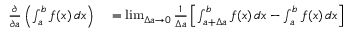
\begin{array} { r l } { { \frac { \partial } { \partial a } } \left( \int _ { a } ^ { b } f ( x ) \, d x \right) } & { { } = \operatorname* { l i m } _ { \Delta a \to 0 } { \frac { 1 } { \Delta a } } \left[ \int _ { a + \Delta a } ^ { b } f ( x ) \, d x - \int _ { a } ^ { b } f ( x ) \, d x \right] } \end{array}